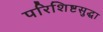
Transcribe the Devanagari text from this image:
परिशिष्टसुद्धा